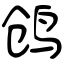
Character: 鸧